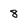
Character: 8